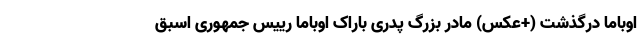
اوباما درگذشت (+عکس) مادر بزرگ پدری باراک اوباما رییس جمهوری اسبق